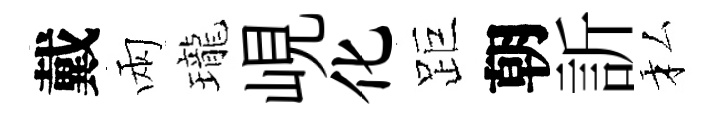
戴兩瓏峴化距朝訢私